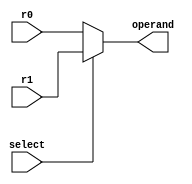
`timescale 1ns / 1ps
//////////////////////////////////////////////////////////////////////////////////
// Company: 
// Engineer: 
// 
// Design Name: 
// Module Name: mux_2_to_1_32bit
// Project Name: 
// Target Devices: 
// Tool Versions: 
// Description: 
// 
// Dependencies: 
// 
// Revision:
// Revision 0.01 - File Created
// Additional Comments:
// 
//////////////////////////////////////////////////////////////////////////////////


module mux_2_to_1_32bit(
    input [31:0] r0,
    input [31:0] r1,
    input select,
    output [31:0] operand
    );
    
     assign operand = select ? r1 : r0;
     
endmodule